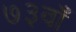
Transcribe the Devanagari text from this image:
७३वाँ